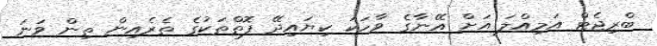
ބްރިޖެޓް އަމިއްލަ އަށް އޭނާގެ ވާހަކަ ކިޔައިދޭ ފޮތްތަކުގެ ތެރެއިން ތިން ވަނަ